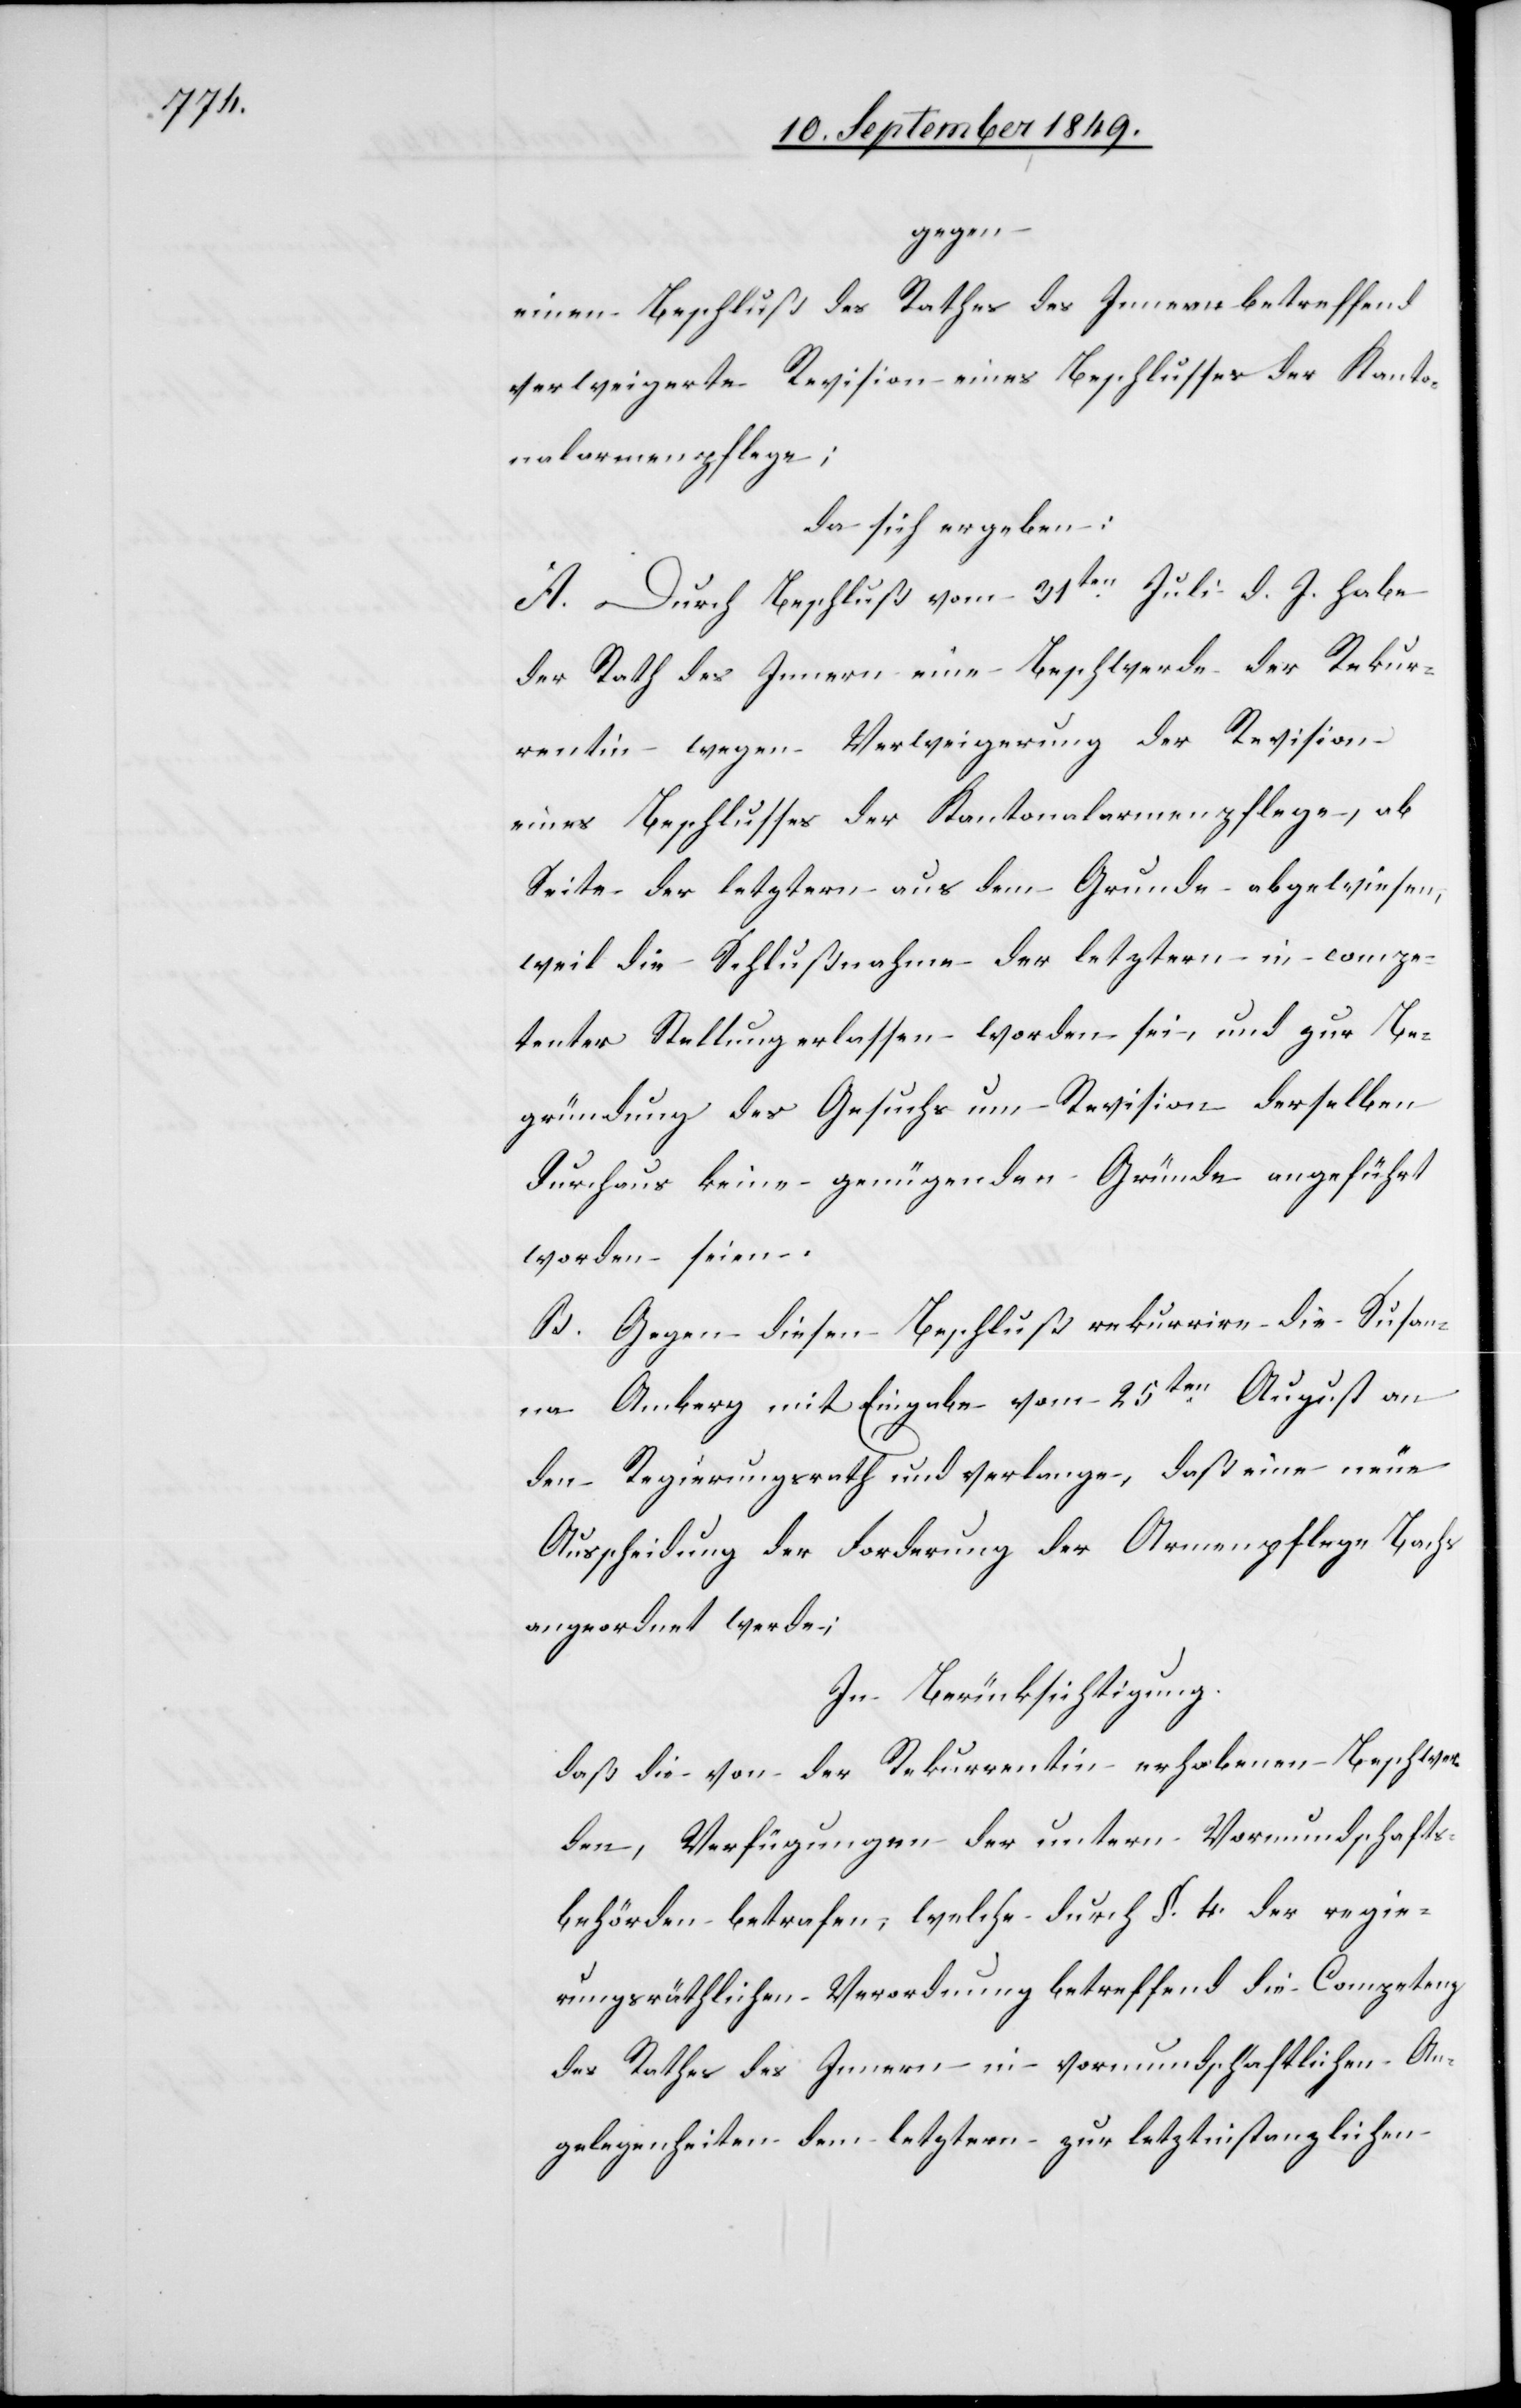
gegen
einen Beschluß des Rathes des Innern betreffend
verweigerte Revision eines Beschlusses der Kanto¬
nalarmenpflege;
da sich ergeben:
A. Durch Beschluß vom 31ten Juli d. J. habe
der Rath des Innern eine Beschwerde der Rekur¬
rentin wegen Verweigerung der Revision
eines Beschlusses der Kantonalarmenpflege, ab
Seite des letztern aus dem Grunde abgewiesen,
weil die Schlußnahme der letztern in compe¬
tenter Stellung erlassen worden sei, und zur Be¬
gründung des Gesuchs um Revision derselben
durchaus keine genügenden Gründe angeführt
worden seien.
B. Gegen diesen Beschluß rekurrire die Susan¬
na Amberg mit Eingabe vom 25ten August an
den Regierungsrath und verlange, daß eine neue
Ausscheidung der Forderung der Armenpflege Bachs
angeordnet werde;
In Berücksichtigung:
daß die von der Rekurrentin erhobenen Beschwer¬
den, Verfügungen der untern Vormundschafts¬
behörden betrafen, welche durch §. 4. der regie¬
rungsräthlichen Verordnung betreffend die Competenz
des Rathes des Innern in vormundschaftlichen An¬
gelegenheiten dem letztern zur letztinstanzlichen